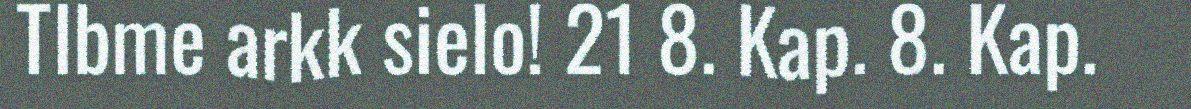
TIbme arkk sielo! 21 8. Kap. 8. Kap.